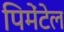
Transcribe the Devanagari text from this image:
पिमेंटेल